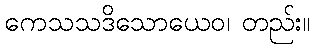
ကေသသဒိသောယေဝ၊ တည်း။